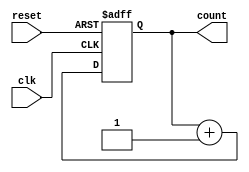
//Copyright (C) <2018>  <James Williams>

////This program is free software: you can redistribute it and/or modify
////it under the terms of the GNU General Public License as published by
////Free Software Foundation, either version 3 of the License, or
////(at your option) any later version.

////This program is distributed in the hope that it will be useful,
////but WITHOUT ANY WARRANTY; without even the implied warranty of
////MERCHANTABILITY or FITNESS FOR A PARTICULAR PURPOSE.  See the
////GNU General Public License for more details.

 ///You should have received a copy of the GNU General Public License
////along with this program.  If not, see <https://www.gnu.org/licenses/>.

//simple counter for incrementing the write address

module pos_edge_counter
#(
parameter width = 16
)
(
	input wire clk,
	input wire reset,
	output reg [width-1:0] count
);

initial begin
	count <= 0;
end


always @ (posedge clk or negedge reset) begin
	if(reset == 1'b0) begin
		count <= 0;
	end
	else begin
		count <= count + 1;
	end
end

endmodule